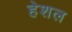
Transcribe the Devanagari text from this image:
हेशल